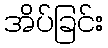
အိပ်ခြင်း